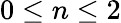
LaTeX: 0\leq n\leq 2